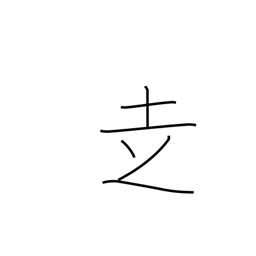
Meaning: go on foot